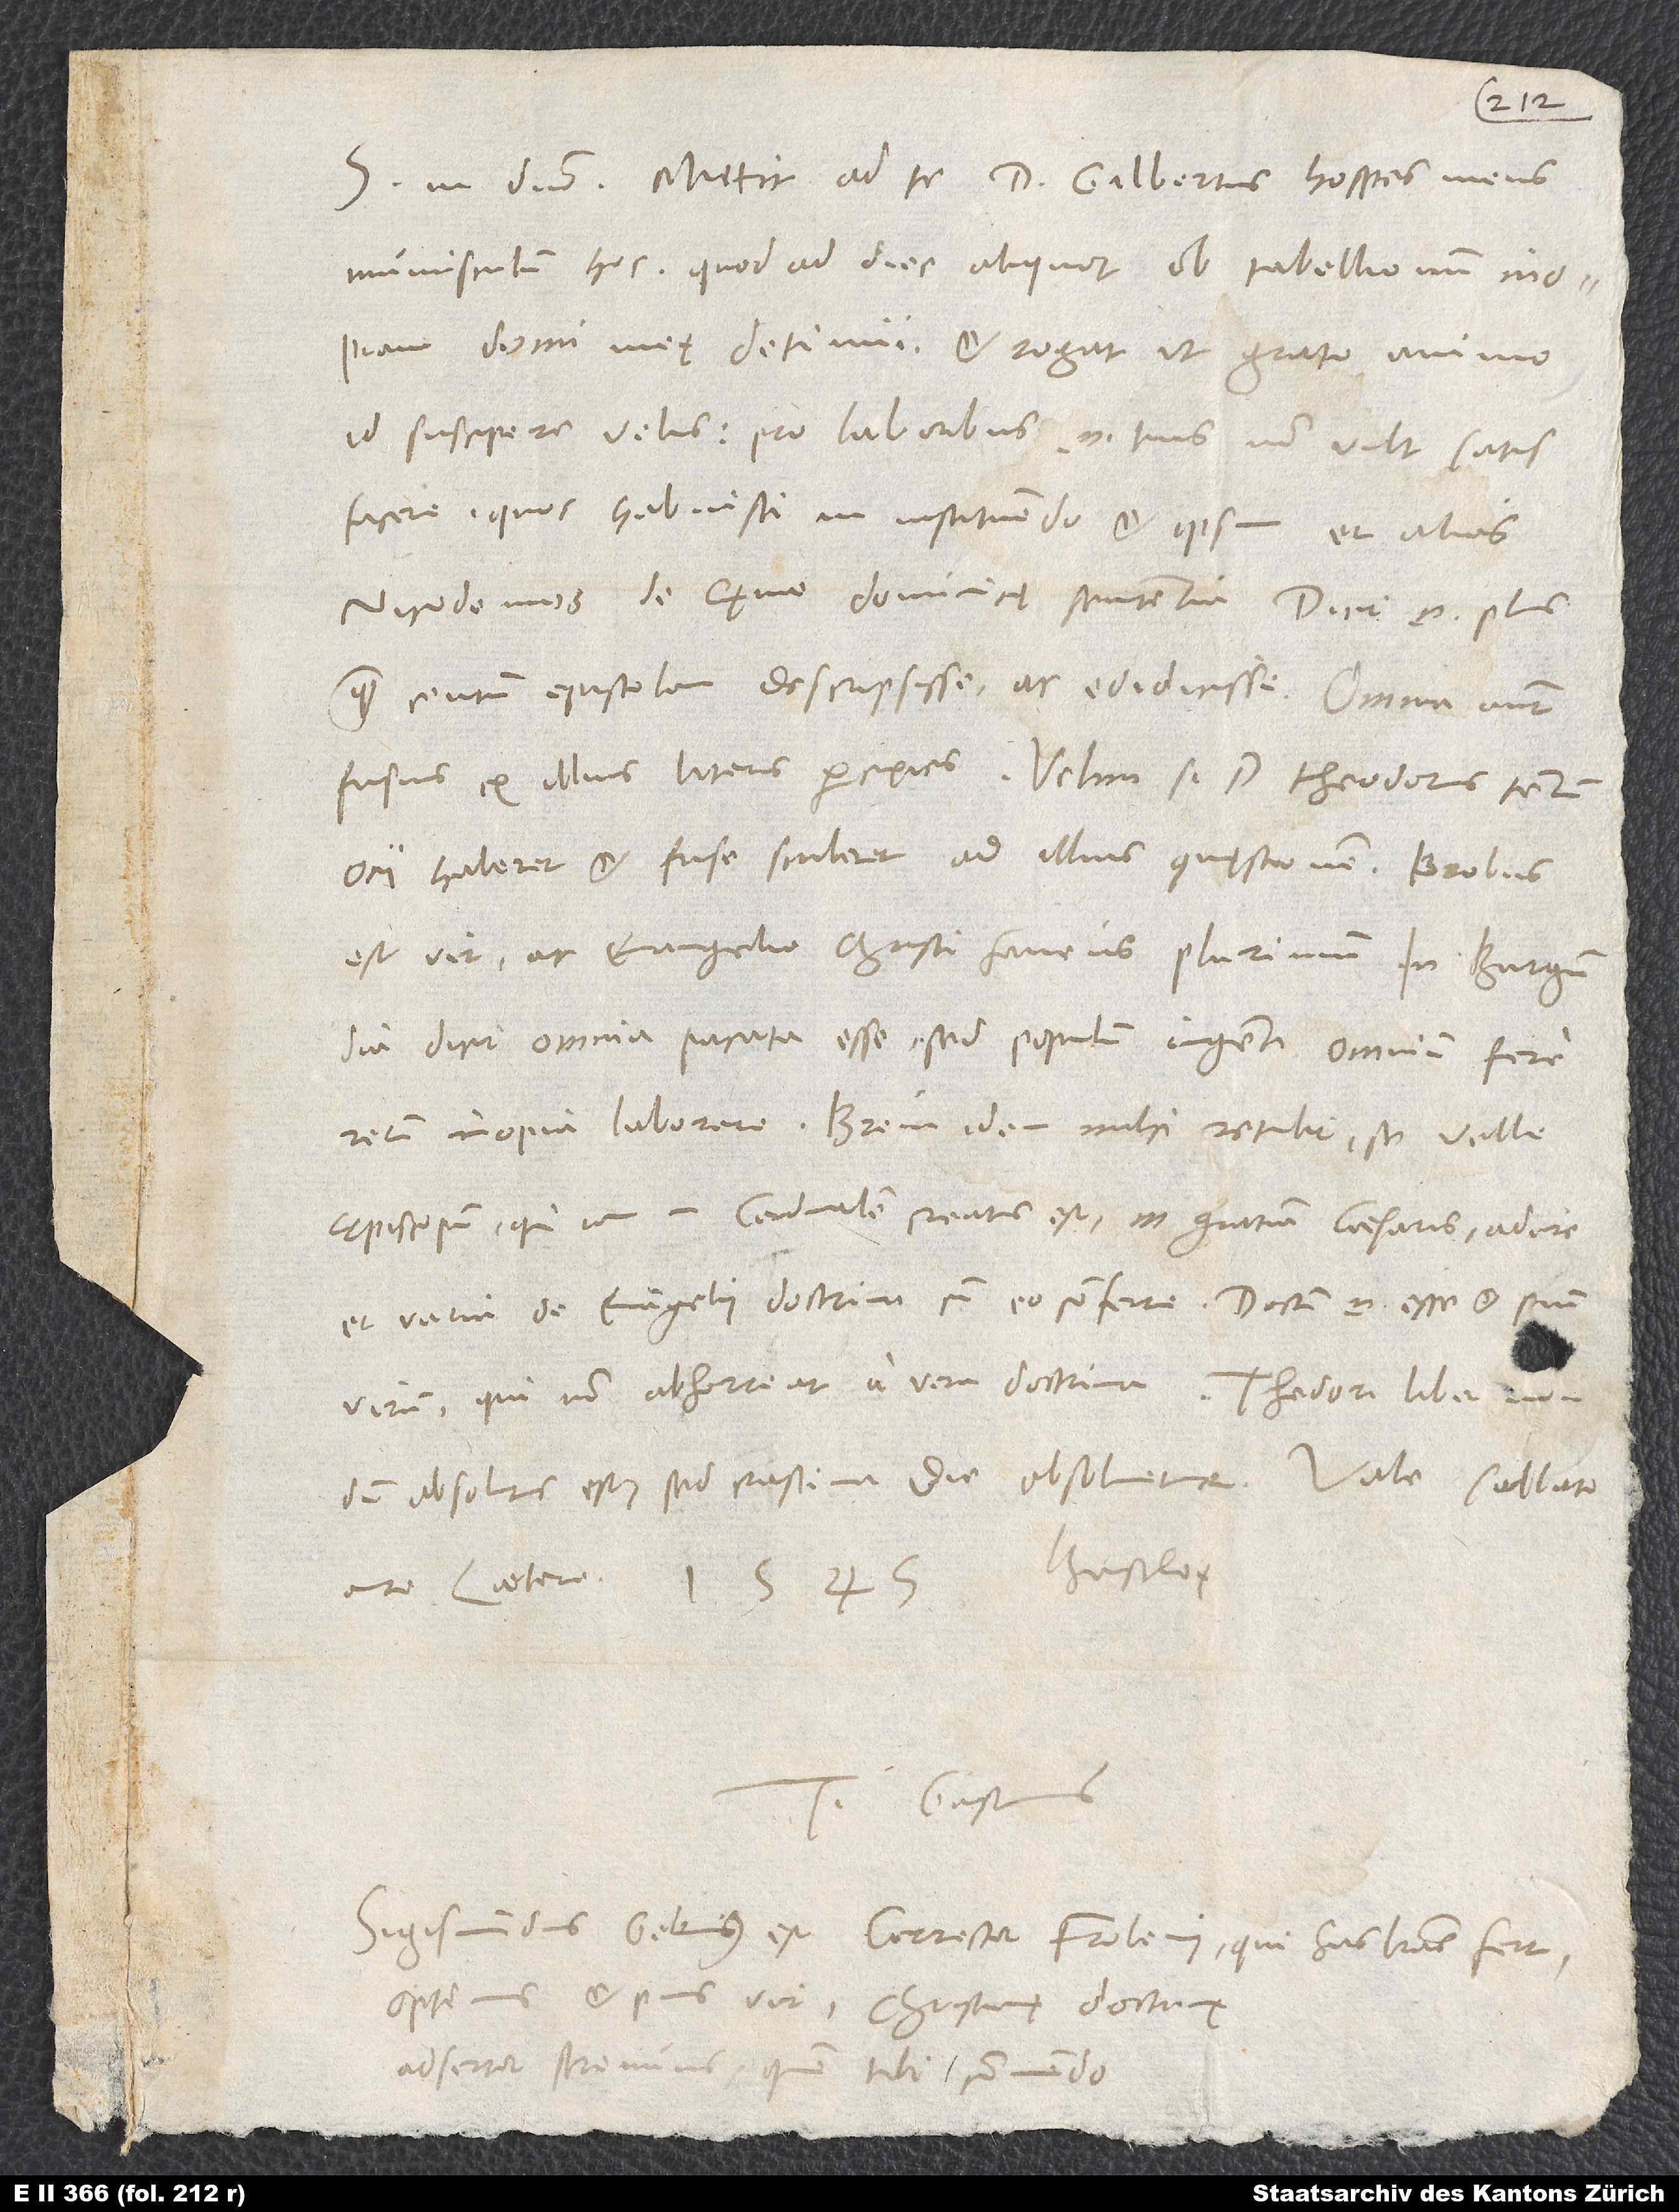
S in domino. Mittit ad te d. Gilbertus, hospes meus,
munusculum hoc, quod ad dies aliquot ob tabellionum inopiam
domi meę detinui, et rogat, ut grato animo
id suscipere velis; pro laboribus enim tuis non vult satisfacere,
quos habuisti in instituendo et ipsum et alios
Nicodemos de cęne dominicę sententia. Dicit enim plusquam
centies epistolam descripsisse ac edidicisse. Omnia autem
fusius ex illius literis percipies. Velim, si d. Theodorus tantum
ocii haberet et fuse scriberet ad illius quęstionem. Probus
est vir ac evangelio Christi favens plurimum.
dicit omnia pacata esse, sed populum ingenti omnium fere
rerum inopia laborare. Brevi idem mihi retulit se velle
episcopum, qui iam in cardinalem creatus est in gratiam caesaris, adire
et varia de evangelii doctrina cum eo conferre; doctum enim esse et pium
virum, qui non abhorreat a vera doctrina.
absolutus est, sed crastina die absolvetur. Vale. Sabbato
ante Laetare 1545. Basileę.
Tuus Gastius.
Sigismundus Gelenius est corrector Frobenii, qui has literas fert,
optimus et pius vir, christianę doctrinę
adsertor strenuus, quem tibi commendo.